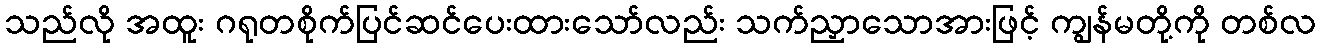
သည်လို အထူး ဂရုတစိုက်ပြင်ဆင်ပေးထားသော်လည်း သက်ညှာသောအားဖြင့် ကျွန်မတို့ကို တစ်လ